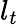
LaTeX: l_{t}